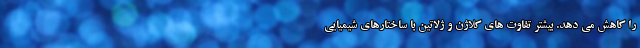
را کاهش می دهد. بیشتر تفاوت های کلاژن و ژلاتین با ساختارهای شیمیایی